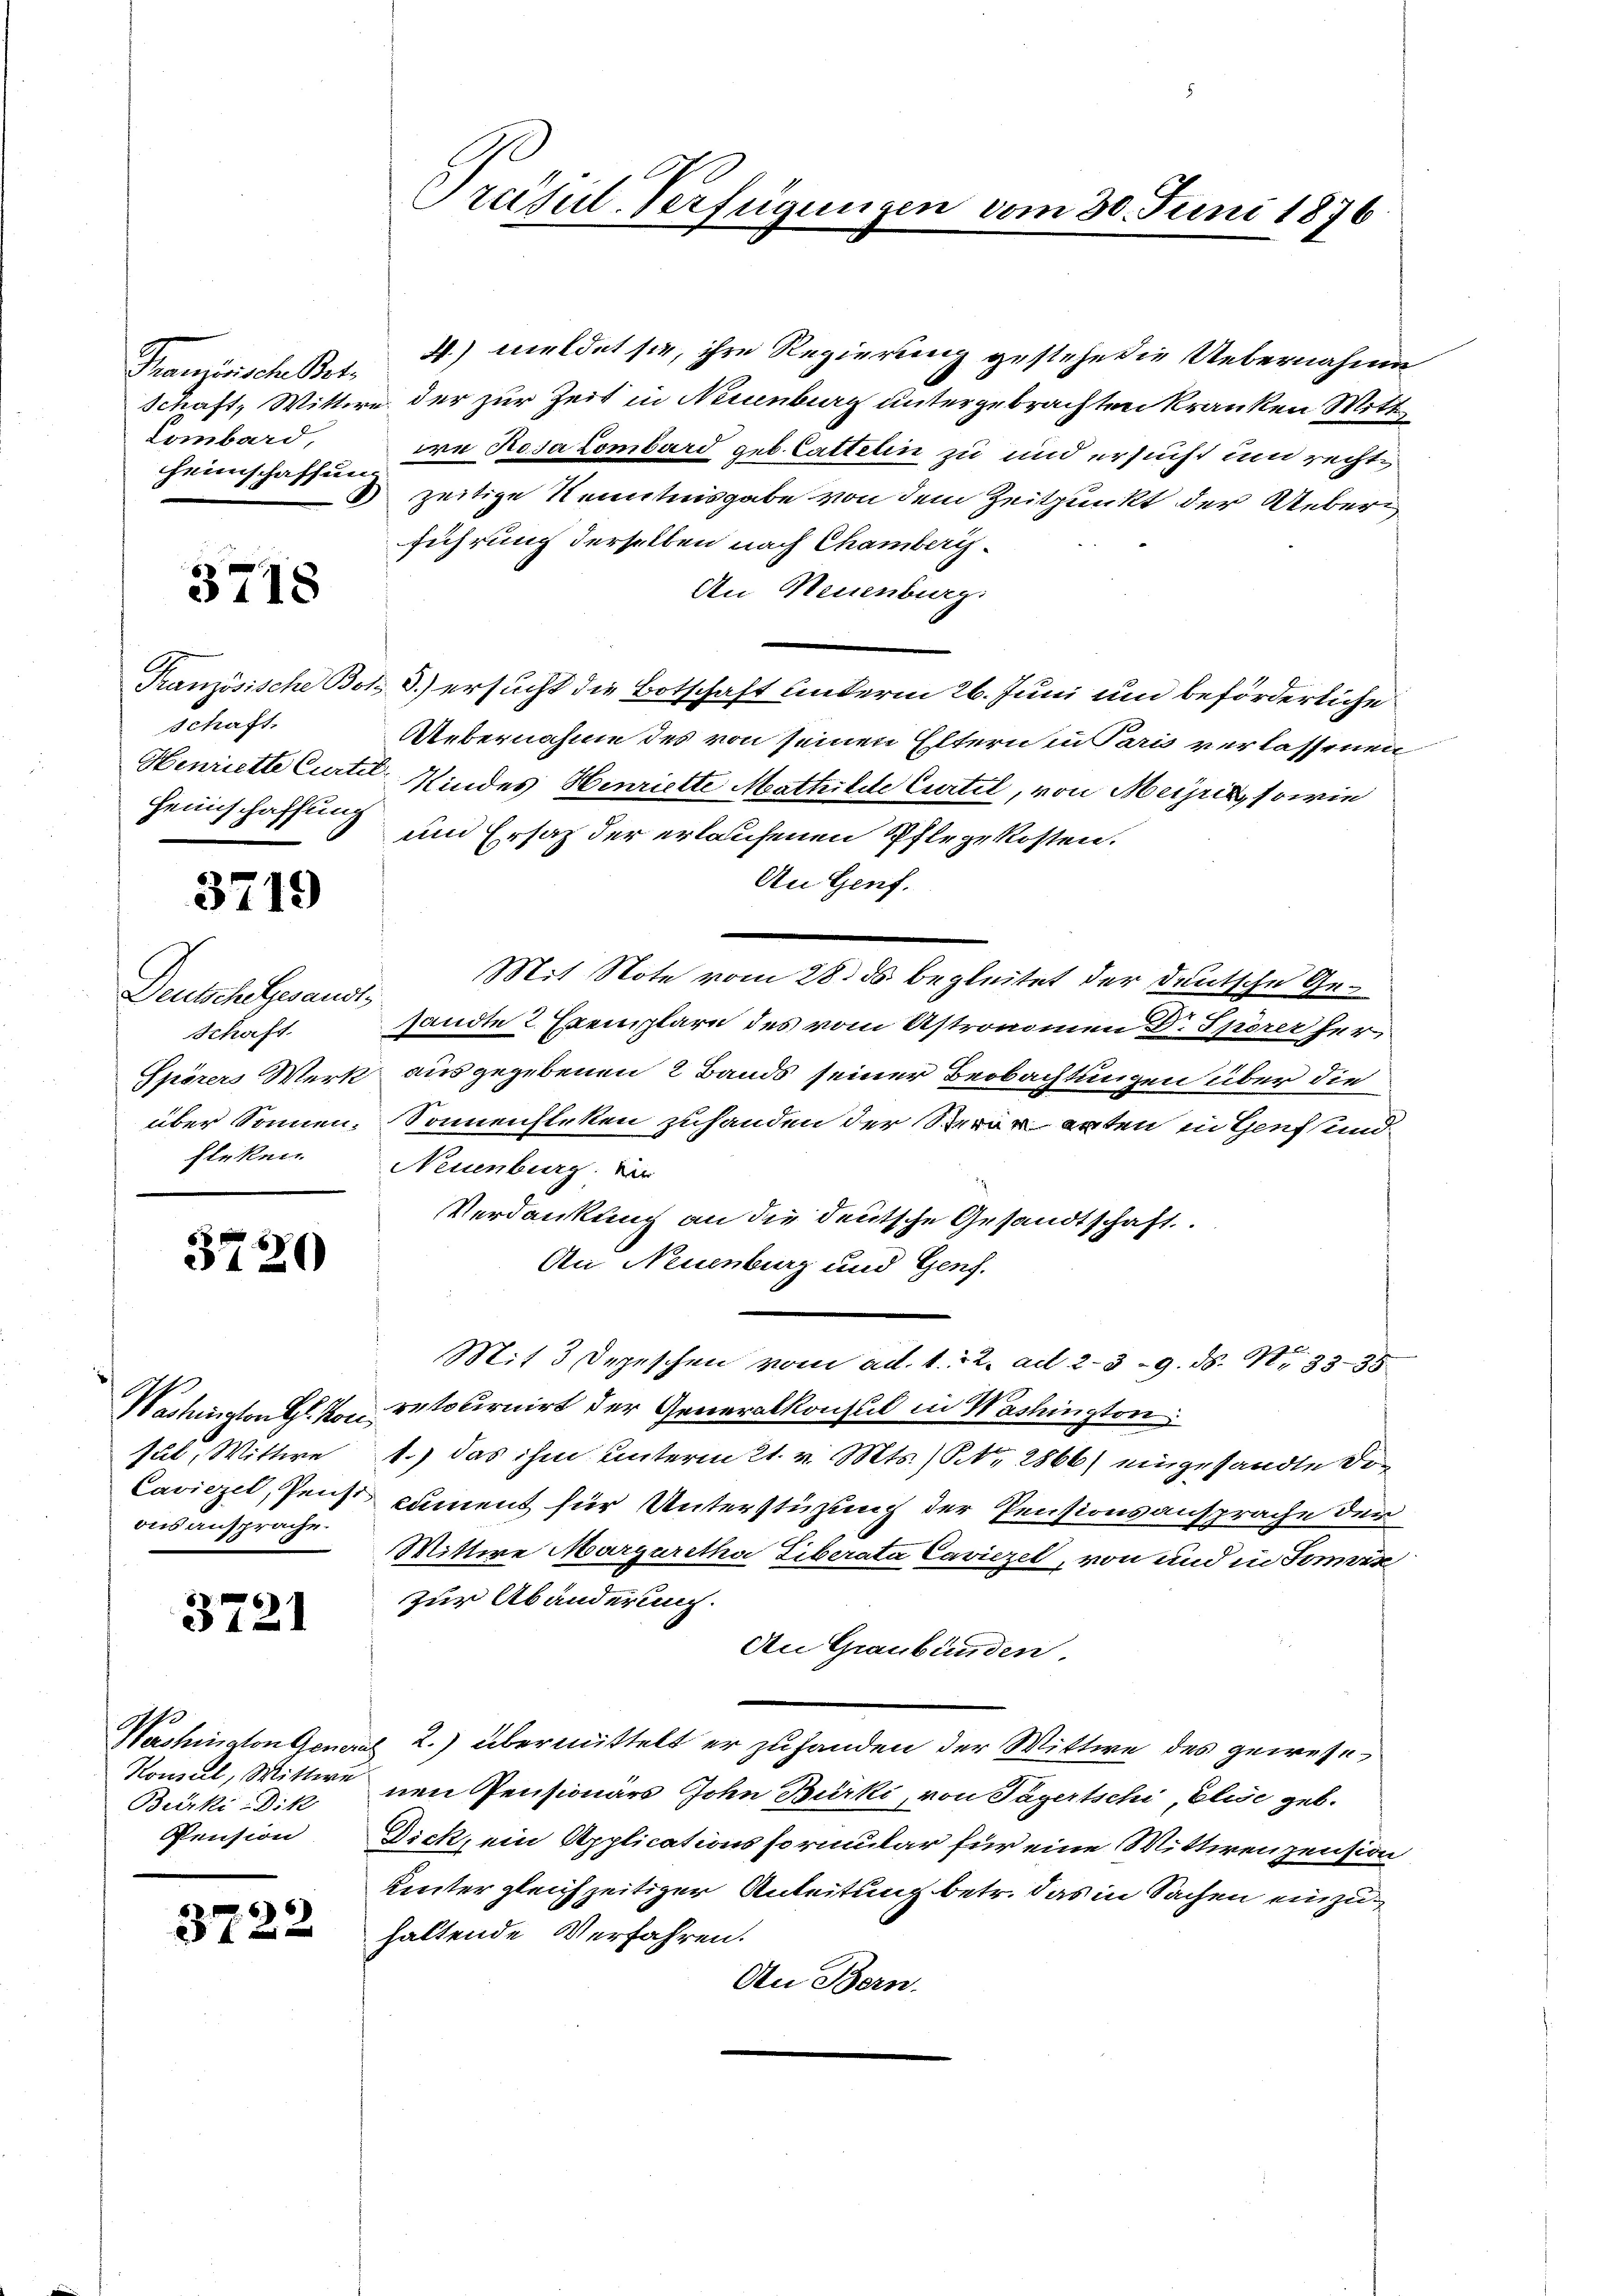
Französische Bet
Lombard,
Heimschaffung

3718

schaft.
Heimschaffung

3719

Deutsch gesandts
Schaft.
Fleken

3720

Jul, Wittwe
ons ansprache.

3721

Biirki-Dik
Pension

3722

4) meldet sie, ihre Regierung gestehe die Uebernahme
Schaft, Wittwe der zur Zeit in Neuenburg untergebrachten Kranken Mitt
ori Rosa Lombard geb. Latteten zu und ersucht um rechtzeitige Kenntnisgabe von dem Zeitpunkt der Ueberführung derselben nach Chamberis¬
An Neuenburg.
Französische Bot 3.) ersucht die Botschaft anderm 26. Juni und beförderliche
Uebernahme des von seinen Eltern in Paris verlassenen
Henriette Curtil Kindes Henriette Mathilde Curtel, von Meyris, sowie
und Ersatz der erlaufenen Pflegekosten.
An Genf.
Mit Note vom 28. ds begleitet der deutsche Gesandte 2 Exemplare des vom Ustronomen Dr. Spörer her
Spörers Werk ausgegebenen 2 Bands seiner Beobachtungen über die
über Sonnen. Sonnensteken zuhanden der Sterärenten in Genf und
Neuenburg. Die
Verdankung an die deutsche Gesandtschaft
An Neuenburg und Genf.
Mit 3 Depeschen vom ad. 1. 12. ad 2. 39. d. M. 3335
Washington Gl. Korrestolirnirt der Generalkonsul in Washington
1.) Das ihm unterm 21. v. Mts. ) Nr. 2866) eingesandte Do¬
Caviezel, Penst cument für Unterstüzung der Pensionsansprache der
Mittwe Margaretha Liberata Caviezel, von und in Semin
zur Abänderung.
An Graubünden
Washington General 2.) übermittelt er zuhanden der Wittwe des gewese
Romul, Wittwe nen Pensionärs John Bürki, von Tagertschi, Elise geb.
Dick, ein Applicationsformular für eine Mittwenzension
Lntergleichzeitiger Anleitung betr. das in Sachen einzuhaltende Verfahren.
An Bern.

Präful-Verfügungen vom 30. Juni 1876